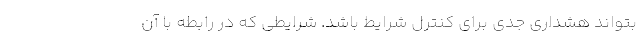
بتواند هشداری جدی برای کنترل شرایط باشد. شرایطی که در رابطه با آن